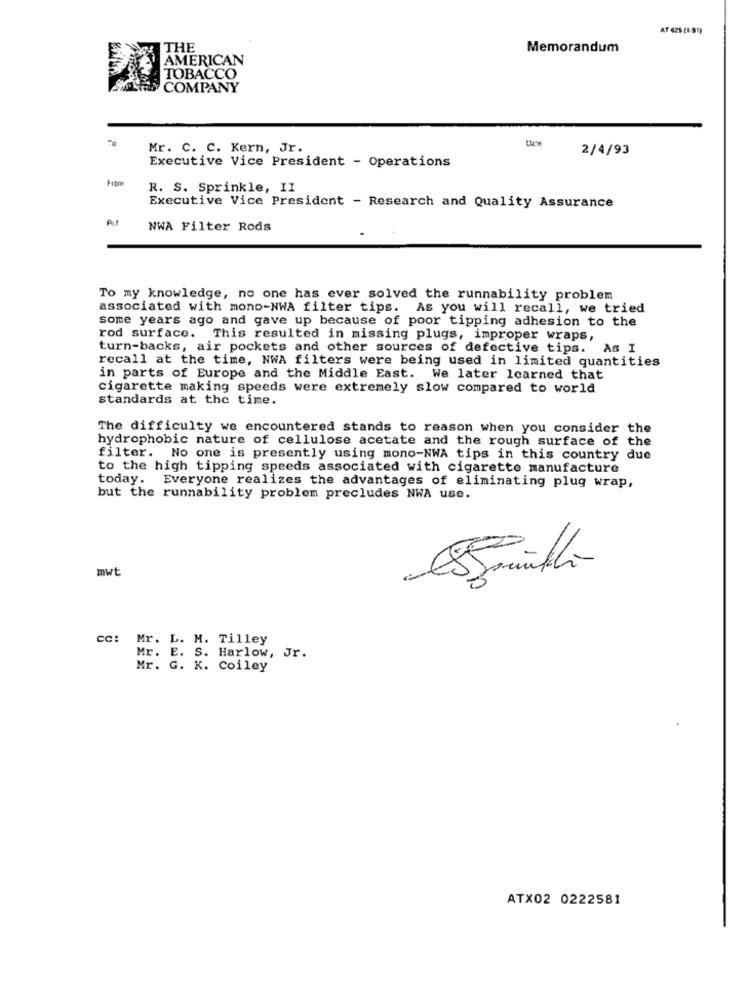
AT 425 (1-99)
THE
Memorandum
AMERICAN
TOBACCO
COMPANY
Mr. C. C. Kern, Jr.
2/4/93
Executive Vice President - Operations
from
R. S. Sprinkle, II
Executive Vice President - Research and Quality Assurance
At
NWA Filter Rods
To my knowledge, no one has ever solved the runnability problem
associated with mono-NWA filter tips. As you will recall, we tried
some years ago and gave up because of poor tipping adhesion to the
rod surface. This resulted in missing plugs, improper wraps,
turn-backs, air pockets and other sources of defective tips. As I
recall at the time, NWA filters were being used in limited quantities
in parts of Europe and the Middle East. We later learned that
cigarette making speeds were extremely slow compared to world
standards at the time.
The difficulty we encountered stands to reason when you consider the
hydrophobic nature of cellulose acetate and the rough surface of the
filter. No one is presently using mono-NWA tips in this country due
to the high tipping speeds associated with cigarette manufacture
today. Everyone realizes the advantages of eliminating plug wrap,
but the runnability problem precludes NWA use.
mwt
cc:
Mr. L. M. Tilley
Mr. E. S. Harlow, Jr.
Mr. G. K. Coiley
ATX02 0222581